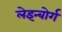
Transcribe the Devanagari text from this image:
लेइन्बोर्ग